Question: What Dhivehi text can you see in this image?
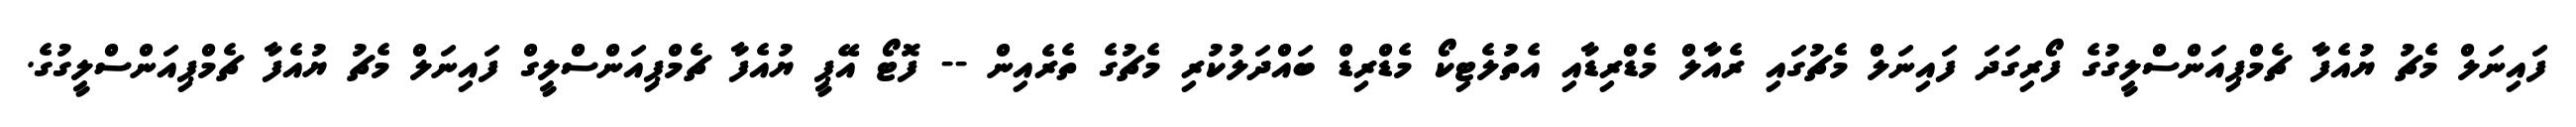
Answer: ފައިނަލް މެޗު ޔުއެފާ ޗެމްޕިއަންސްލީގުގެ ފޯރިގަދަ ފައިނަލް މެޗުގައި ރެއާލް މެޑްރިޑާއި އެތުލެޓިކޯ މެޑްރިޑް ބައްދަލުކުރި މެޗުގެ ތެރެއިން -- ފޮޓޯ އޭޕީ ޔުއެފާ ޗެމްޕިއަންސްލީގް ފައިނަލް މެޗު ޔުއެފާ ޗެމްޕިއަންސްލީގުގެ.